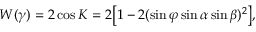
W ( \gamma ) = 2 \cos K = 2 \bigl [ 1 - 2 ( \sin \varphi \sin \alpha \sin \beta ) ^ { 2 } \bigl ] ,